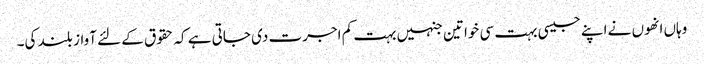
وہاں انھوں نے اپنے جیسی بہت سی خواتین جنہیں بہت کم اجرت دی جاتی ہے کہ حقوق کے لئے آواز بلند کی۔